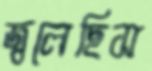
জ্বলেছিস